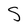
Character: S